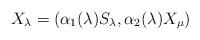
LaTeX: \begin{align*}X_{\lambda} = (\alpha_1 (\lambda) S_{\lambda} , \alpha_2 (\lambda) X_{\mu})\end{align*}